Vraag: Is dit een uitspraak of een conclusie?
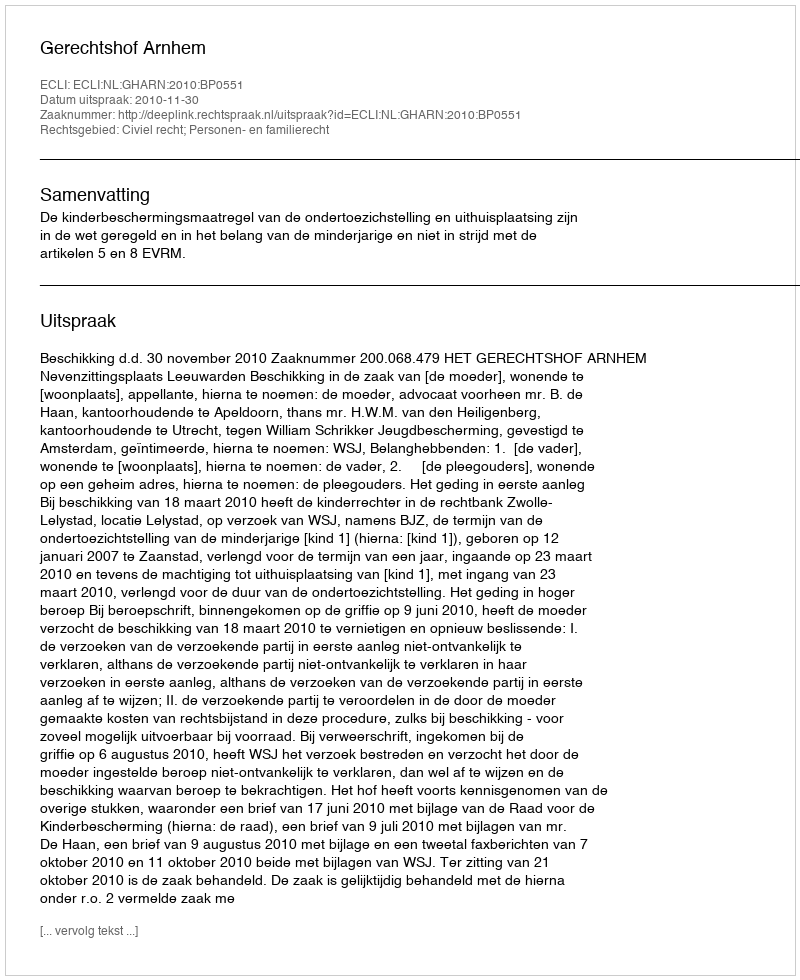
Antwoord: Uitspraak